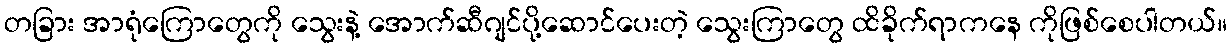
တခြား အာရုံကြောတွေကို သွေးနဲ့ အောက်ဆီဂျင်ပို့ဆောင်ပေးတဲ့ သွေးကြာတွေ ထိခိုက်ရာကနေ ကိုဖြစ်စေပါတယ်။